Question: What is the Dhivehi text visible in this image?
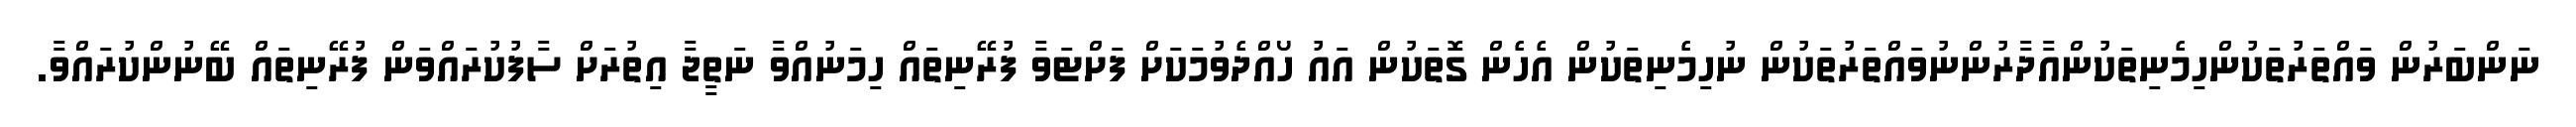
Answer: ނަންބަރުން ވައްތަރުތަކުންހިމެނިތަކުންއާދާރުންނުވައްތަރުތަކުން ނުހިމެނިތަކުން އެހެން ގޮތަކުން އައު ހޯއްދެވުމަކަށް ފަށްޓަވާ ފުރޭނިތައް ހިމަނުއްވާ ނަތީޖާ އިތުރަށް ސާފުކުރައްވަން ފުރޭނިތައް ބޭނުންކުރައްވާ.